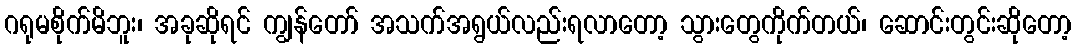
ဂရုမစိုက်မိဘူး၊ အခုဆိုရင် ကျွန်တော် အသက်အရွယ်လည်းရလာတော့ သွားတွေကိုက်တယ်၊ ဆောင်းတွင်းဆိုတော့